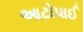
આટોપાઈ